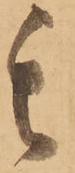
其